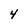
Character: 4